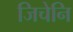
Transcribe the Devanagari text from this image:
जिचेनि